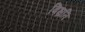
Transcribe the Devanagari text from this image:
बिभ्रति